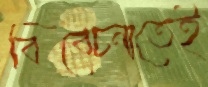
বিবেচনাতেই